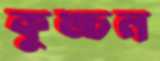
কুঙ্চন